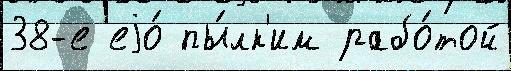
38-е еjо́ пы́лк'им рабо́той